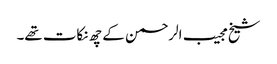
شیخ مجیب الرحمن کے چھ نکات تھے۔